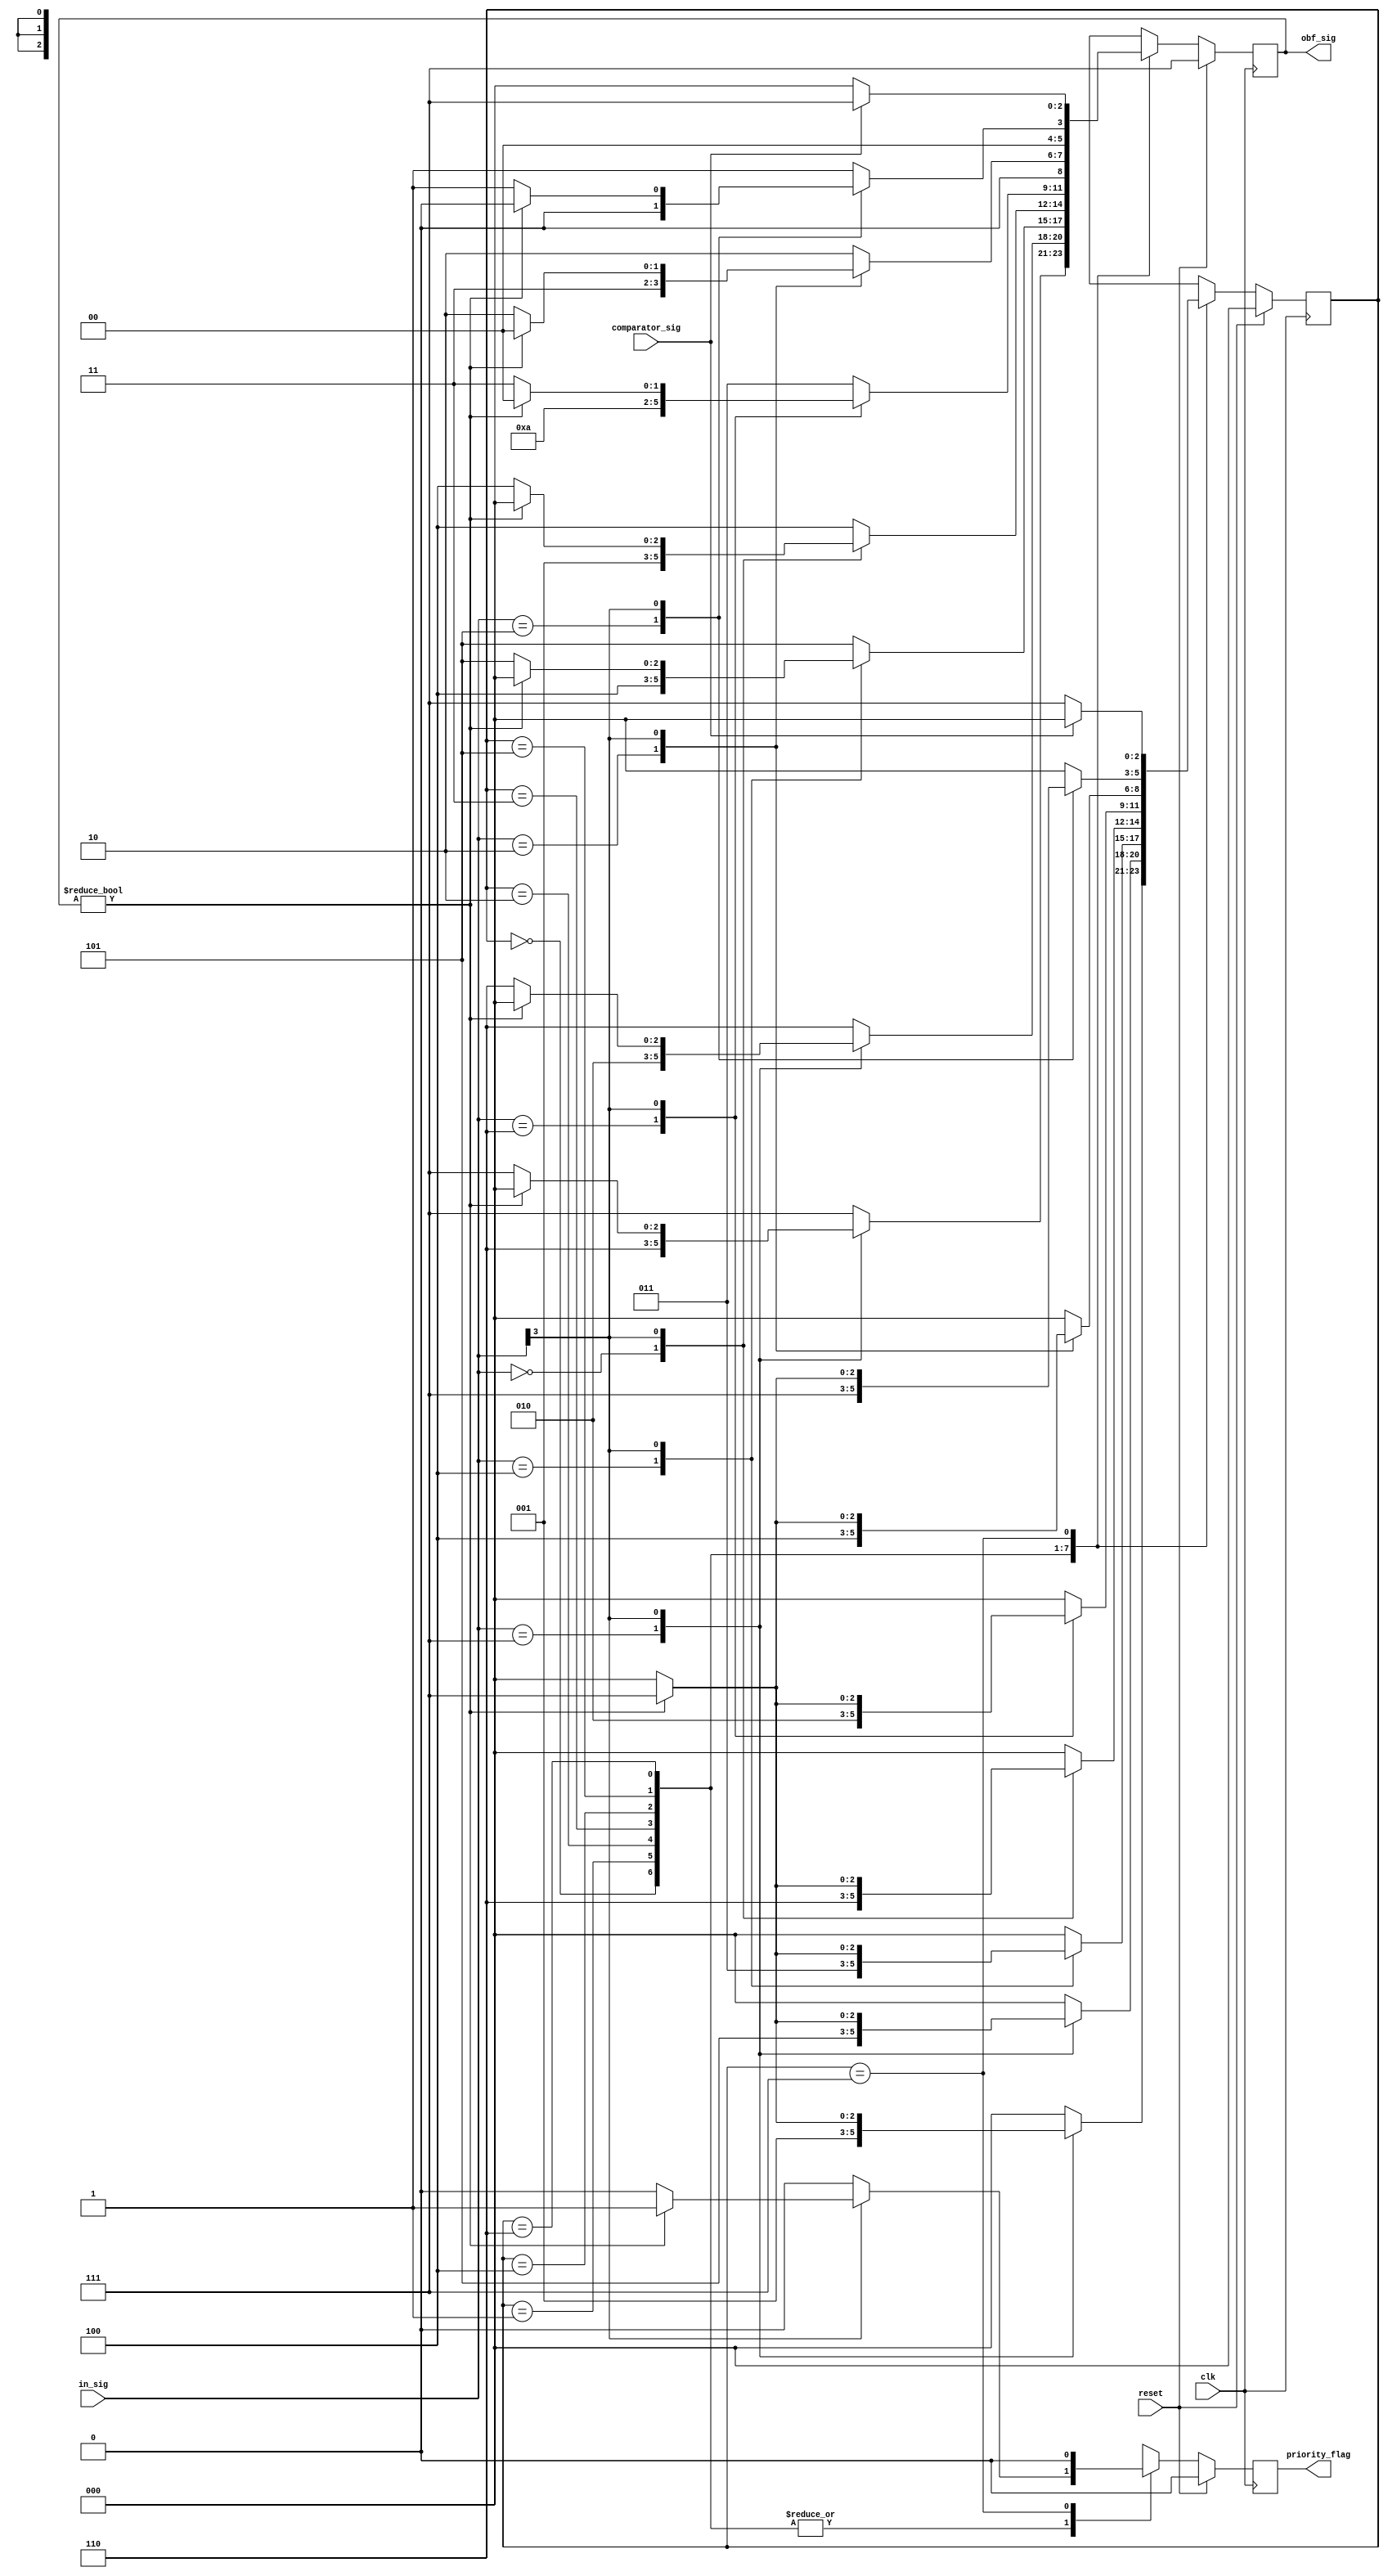
module obf_fsm(clk, reset, in_sig, comparator_sig, obf_sig, priority_flag);  // Moore machine
	parameter input_len = 4;
	parameter output_len = 3;
	input wire clk, reset;
	input wire [input_len - 1:0] in_sig; // The length of the input to this FSM shoudl be equal to the primary input length. 
	input wire comparator_sig; 
	output reg [output_len - 1:0] obf_sig;
	output reg priority_flag;

	reg [2:0] state, next_state;  // The state space size is irelavent to the input size, thus it can be customized. 
	reg [output_len - 1:0] next_out;
	reg next_priority_flag;

	always @ (posedge clk) begin  // State transitioning
		if (reset == 1'b1) begin
			state <= 0;  // When the FSM is reset, it outputs one representing obfuscated mode. 
			obf_sig <= 7;
			priority_flag <= 0;
		end
		else begin
			state <= next_state;
			obf_sig <= next_out;
			priority_flag <= next_priority_flag;
		end
	end

	always @ (state or in_sig or comparator_sig) begin  // Define the next state logic and the output function logic
		case (state)
			0: begin
				casex (in_sig)
					7: begin
						next_state = 1;
						next_out = 6;
						next_priority_flag = 0;
					end
					4'b1xxx: begin  // Priority
						if (obf_sig != 0) begin
							next_state = 7;
							next_out = 0;
							next_priority_flag = 1;
						end
						else begin
							next_state = 0;
							next_out = 7;
							next_priority_flag = 0;
						end
					end
					default: begin
						next_state = 0;  // Try other variants
						next_out = 7;
						next_priority_flag = 0;
					end
				endcase	
			end
			1: begin
				casex (in_sig)
					7: begin
						next_state = 5;
						next_out = 2;
						next_priority_flag = 0;
					end
					4'b1xxx: begin  // Priority
						if (obf_sig != 0) begin
							next_state = 7;
							next_out = 0;
							next_priority_flag = 1;
						end
						else begin
							next_state = 0;
							next_out = 6;
							next_priority_flag = 0;
						end
					end
					default: begin 
						next_state = 0;
						next_out = 6;
						next_priority_flag = 0;
					end
				endcase
			end
			2: begin
				casex (in_sig)
					4: begin
						next_state = 3;
						next_out = 4;
						next_priority_flag = 0;
					end
					4'b1xxx: begin  // Priority
						if (obf_sig != 0) begin
							next_state = 7;
							next_out = 0;
							next_priority_flag = 1;
						end
						else begin
							next_state = 0;
							next_out = 5;
							next_priority_flag = 0;
						end
					end
					default: begin
						next_state = 0;
						next_out = 5;
						next_priority_flag = 0;
					end
				endcase
			end
			3: begin
				casex (in_sig)
					0: begin
						next_state = 6;
						next_out = 1;
						next_priority_flag = 0;
					end
					4'b1xxx: begin  // Priority
						if (obf_sig != 0) begin
							next_state = 7;
							next_out = 0;
							next_priority_flag = 1;
						end
						else begin
							next_state = 0;
							next_out = 4;
							next_priority_flag = 0;
						end
					end
					default: begin
						next_state = 0;
						next_out = 4;
						next_priority_flag = 0;
					end
				endcase
			end
			4: begin
				casex (in_sig)
					6: begin
						next_state = 2;
						next_out = 5;
						next_priority_flag = 0;
					end
					4'b1xxx: begin  // Priority
						if (obf_sig != 0) begin
							next_state = 7;
							next_out = 0;
							next_priority_flag = 1;
						end
						else begin
							next_state = 0;
							next_out = 3;
							next_priority_flag = 0;
						end
					end
					default: begin
						next_state = 0;
						next_out = 3;
						next_priority_flag = 0;
					end
				endcase
			end
			5: begin
				casex (in_sig)
					2: begin
						next_state = 4;
						next_out = 3;
						next_priority_flag = 0;
					end
					4'b1xxx: begin  // Priority
						if (obf_sig != 0) begin
							next_state = 7;
							next_out = 0;
							next_priority_flag = 1;
						end
						else begin
							next_state = 0;
							next_out = 2;
							next_priority_flag = 0;
						end
					end
					default: begin
						next_state = 0;
						next_out = 2;
						next_priority_flag = 0;
					end
				endcase
			end
			6: begin
				casex (in_sig)
					5: begin
						next_state = 7;
						next_out = 0;
						next_priority_flag = 0;
					end
					4'b1xxx: begin  // Priority
						if (obf_sig != 0) begin
							next_state = 7;
							next_out = 0;
							next_priority_flag = 1;
						end
						else begin
							next_state = 0;
							next_out = 1;
							next_priority_flag = 0;
						end
					end
					default: begin
						next_state = 0;
						next_out = 1;
						next_priority_flag = 0;
					end
				endcase
			end
			7: begin
				case (comparator_sig)  // Temperary implemented this way, always jump back to the original state. 
					1'b1: begin
						next_state = 0;
						next_out = 7;
						next_priority_flag = 0;
					end
					default: begin
						next_state = 7;
						next_out = 0;
						next_priority_flag = 0;
					end
				endcase
			end
		endcase
	end

endmodule